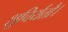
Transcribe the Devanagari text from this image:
शुचिर्यतौ।